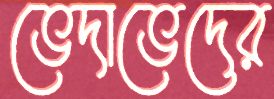
ভেদাভেদের